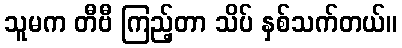
သူမက တီဗီ ကြည့်တာ သိပ် နှစ်သက်တယ်။